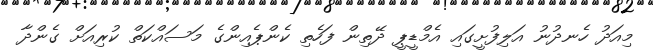
މިއަދު ހެނދުނު އަލިފުށީގައި އެމްޑީޕީ ދޭތިން ފަހެތި ކެންޕެއިންގެ މަސައްކަތް ކުރިއަށް ގެންދާ